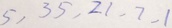
5 , 3 5 , 2 1 , 7 , 1